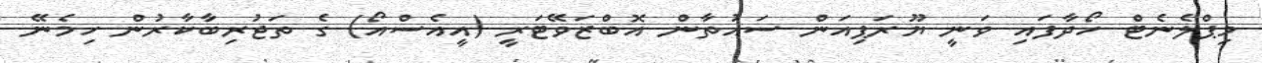
މިޕްލެނެޓް ހޯދާފައި ވަނީ ޔޫރަޕިއަން ސައުތާން އޮބްޒަވޭޓަރީ (އީއެސްއޯ) ގެ ތަޖުރިބާކާރުން ހިމެނޭ